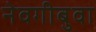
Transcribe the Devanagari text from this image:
नेवगीबुवा